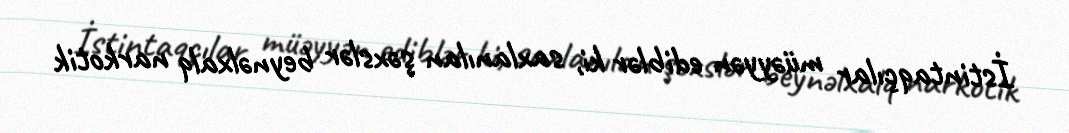
İstintaqçılar müəyyən ediblər ki, saxlanılan şəxslər beynəlxalq narkotik